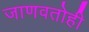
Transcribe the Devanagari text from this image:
जाणवतोही